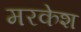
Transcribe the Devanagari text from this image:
मरकेश